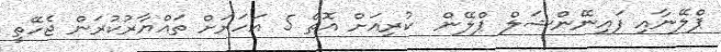
ޕްލޭނާއި ފައިނޭންޝަލް ޕްލޭން  ކުރިއަށް އޮތް 5 އަހަރަށް ތައްޔާރުކުރަން ޖެހޭތީ